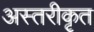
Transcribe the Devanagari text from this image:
अस्तरीकृत